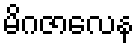
မိဂဇာလေန